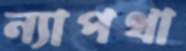
ন্যাপথা